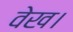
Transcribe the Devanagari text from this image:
वेख।